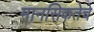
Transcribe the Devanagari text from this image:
मानसिकतेचे